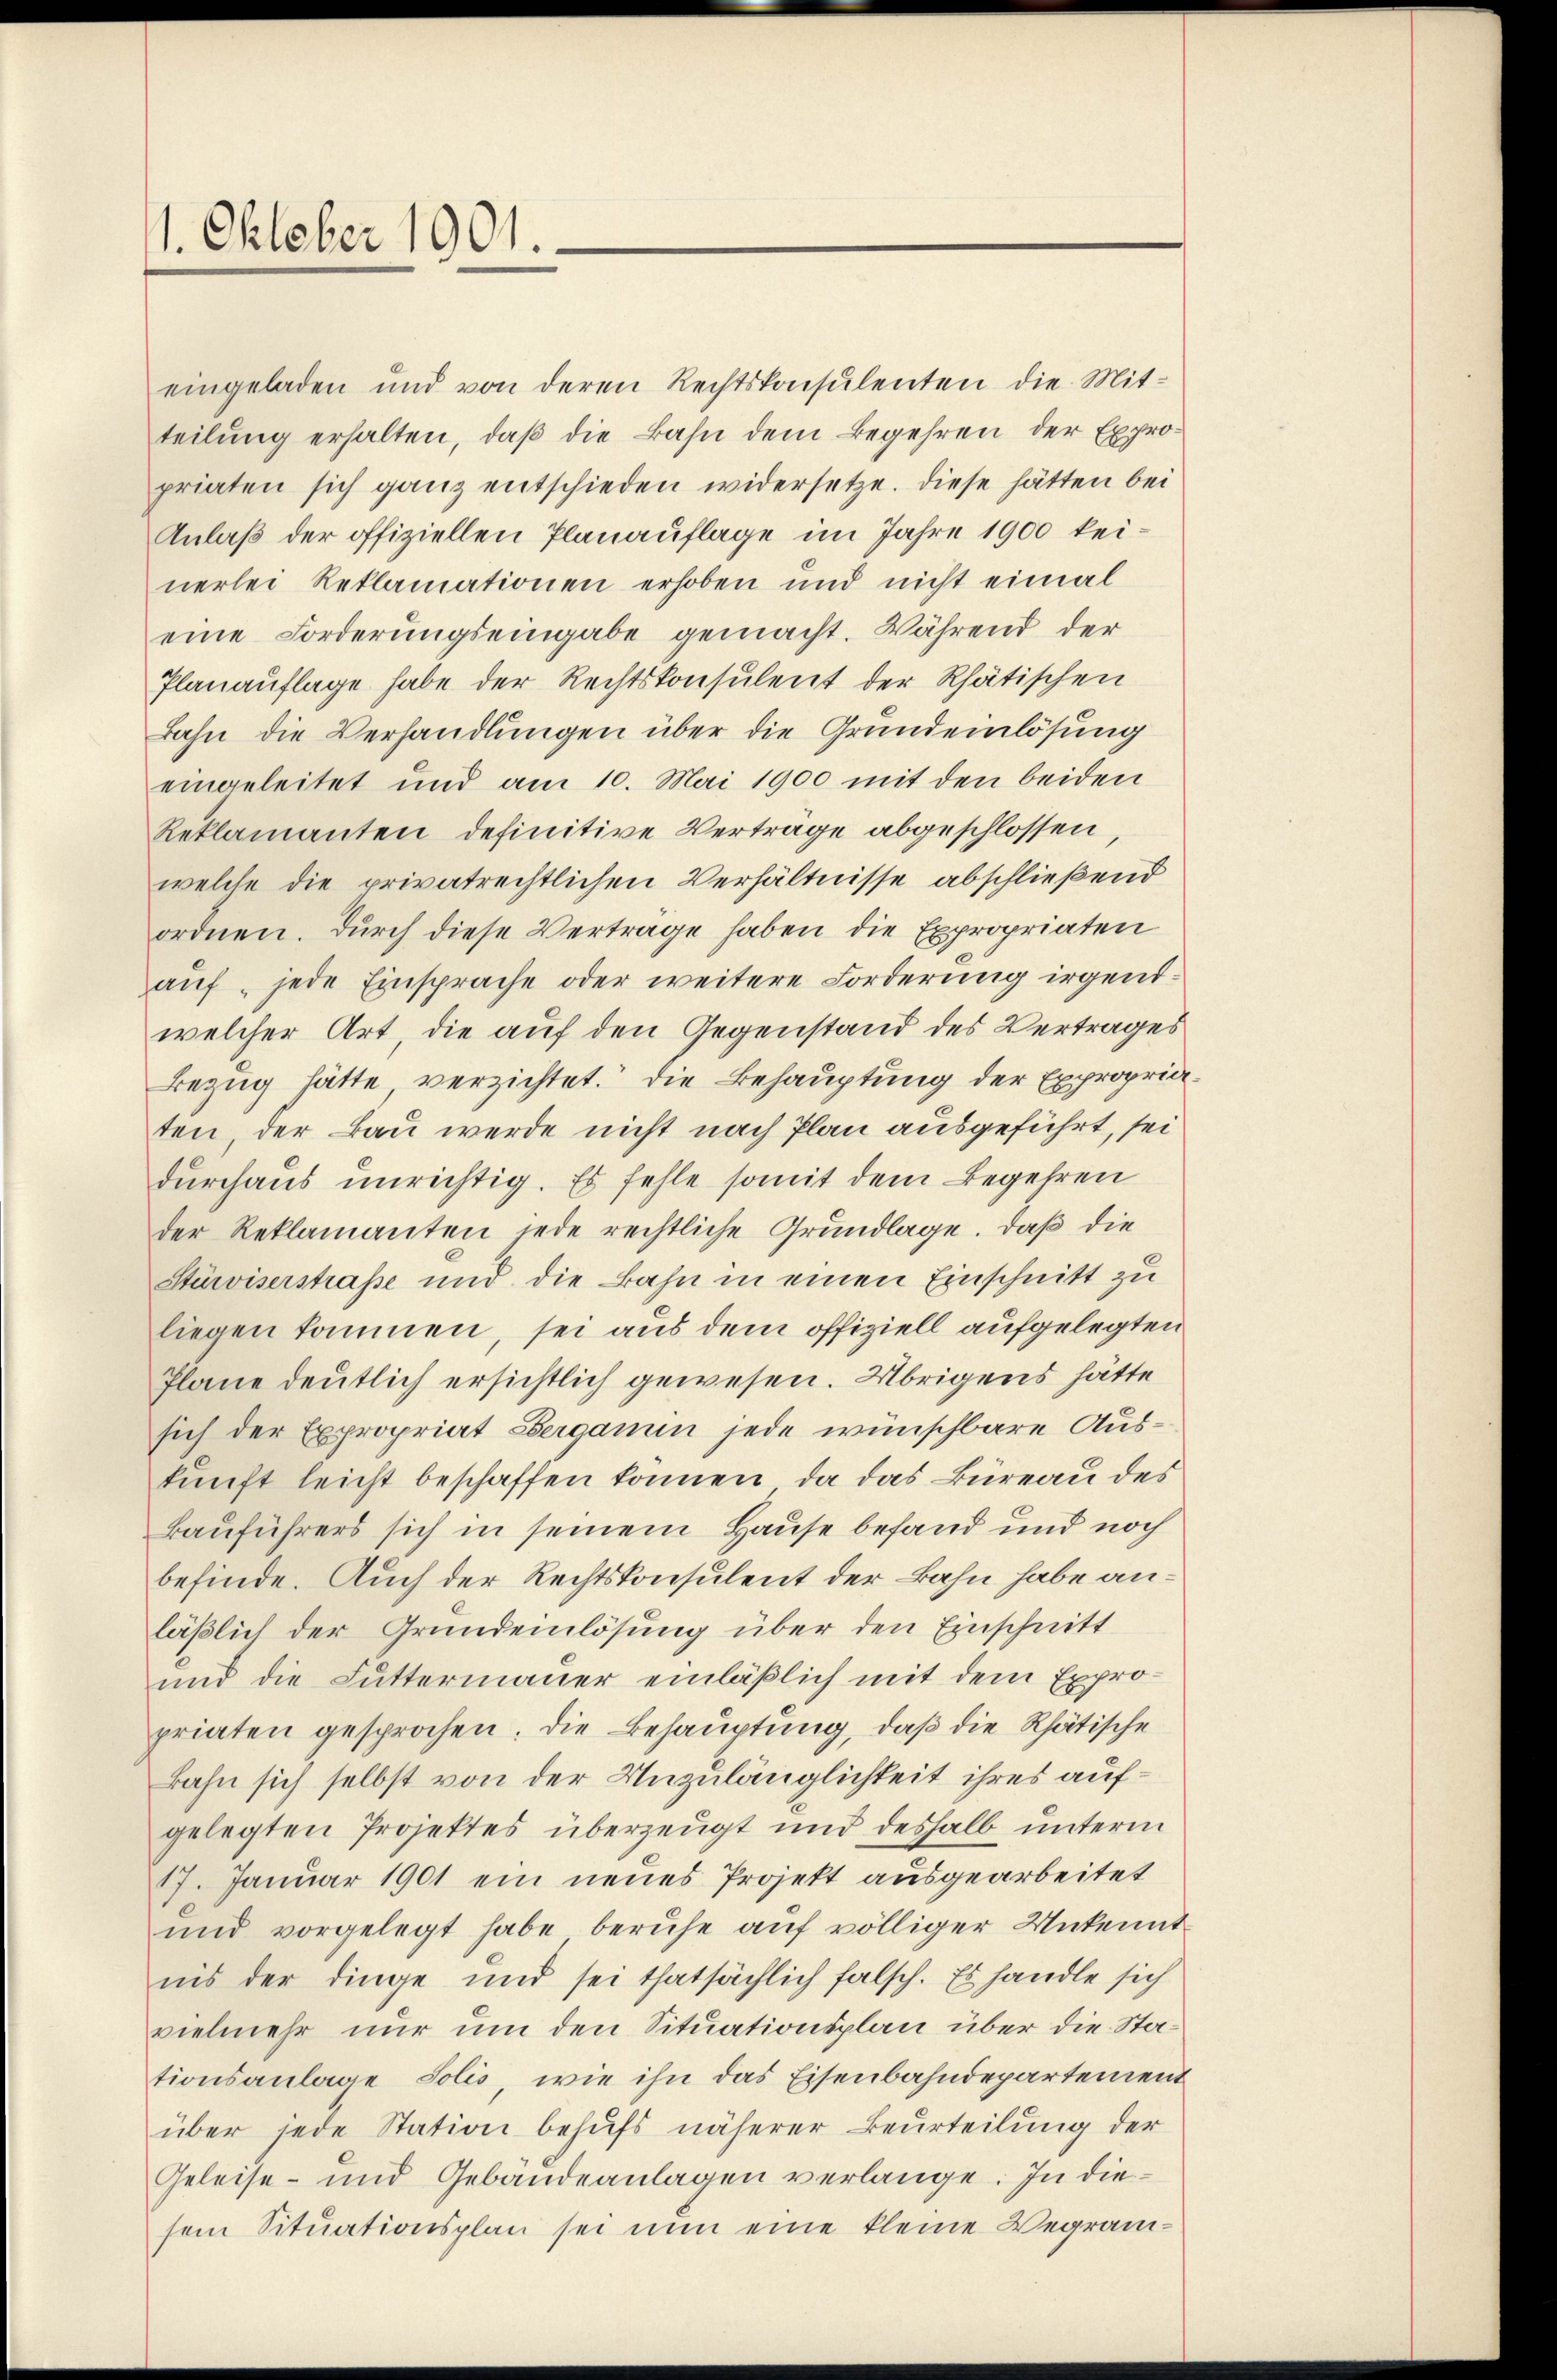
1. Oktober 1901.

eingeladen und von deren Rechtskonsulenten die Mitteilung erhalten, daß die Bahn dem Begehren der Expropriaten sich ganz entschieden widersetze. Diese hätten bei
Anlaß der offiziellen Planauflage im Jahre 1900 keinerlei Reklamationen erhoben und nicht eimal
eine Forderungseingabe gemacht. Während der
Planaŭflage habe der Rechtskonsulent der Rhätischen
Bahn die Verhandlungen über die Grundeinlösung
eingeleitet und am 10. Mai 1900 mit den beiden
Reklamanten definitive Verträge abgeschlossen
welche die privatrechtlichen Verhältnisse abschließend
ordnen. Durch diese Vertrage haben die Expropriaten
auf jede Einsprache oder weitere Forderung irgendwelcher Art, die auf den Gegenstand des Vertrages
Bezug hätte verzichtet. Die Behauptung der Expropria
ten, der Bau werde nicht nach Plan ausgeführt, sei
durchaus unrichtig. Es fehle somit dem Begehren
der Reklamanten jede rechtliche Grundlage. Daß die
Stürviserstraße und die Bahn in einen Einschnitt zu
liegen kommen, sei aus dem offiziell aufgelegten
Plane deutlich ersichtlich gewesen. Übrigens hätte
sich der Expropriat Berganin jede wünschbare Auskunft leicht beschaffen können, da das Büreau des
Bauführers sich in seinem Hause befand und noch
befinde. Auch der Rechtskonsulent der Bahn habe anläßlich der Grundeinlösung über den Einschnitt
und die Luttermauer einläßlich mit dem Expropriaten gesprochen. Die Behauptung, daß die Rhätische
kahn sich selbst von der Unzulänglichkeit ihres aufgelegten Projektes überzeugt und deshalb unterm
17. Januar 1901 ein neues Projekt ausgearbeitet
und vorgelegt habe beruhe auf völliger Unkennt
nis der Dinge und sei thatsächlich falsch. Es handle sich
vielmehr nur um den Situationsplan über die Stationsanlage Solis, wie ihn das Eisenbahndepartement
über jede Station behufs näherer Beurteilung der
Geleise- und Gebäudeanlagen verlange. In diesem Situationsplan sei nun eine kleine Vegram¬